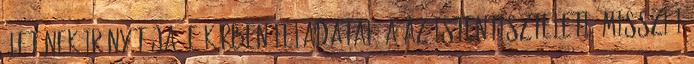
életének irányítója. E körben feladatai: a az istentiszteleti, missziói